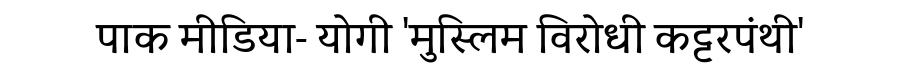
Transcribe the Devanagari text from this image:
पाक मीडिया- योगी 'मुस्लिम विरोधी कट्टरपंथी'